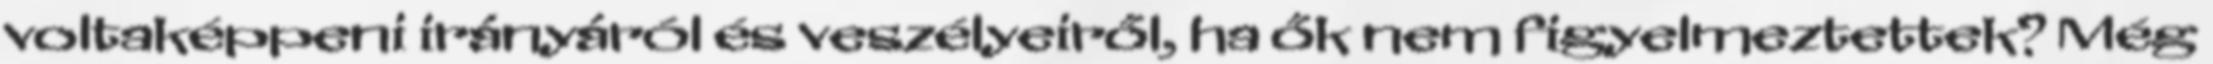
voltaképpeni irányáról és veszélyeiről, ha ők nem figyelmeztettek? Még